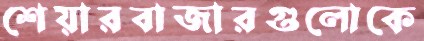
শেয়ারবাজারগুলোকে